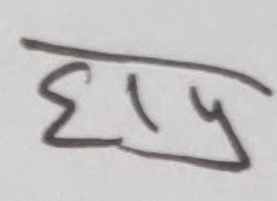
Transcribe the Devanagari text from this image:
छाप